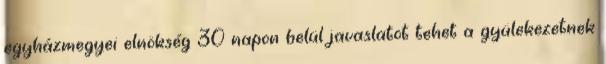
egyházmegyei elnökség 30 napon belül javaslatot tehet a gyülekezetnek